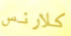
كلارنس